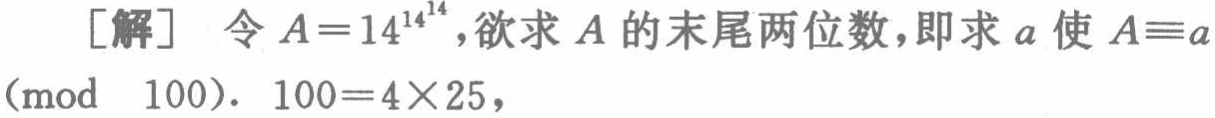
\[

\begin{align*}

[\text{解}]&\text{ 令 }A = 14^{14^{14}}\text{，欲求 }A\text{ 的末尾两位数，即求 }a\text{ 使 }A\equiv a\pmod{100}.\ 100 = 4\times25,

\end{align*}

\]